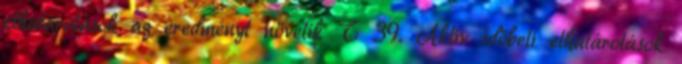
elhatárolások az eredményt növelik T 39. Aktív időbeli elhatárolások